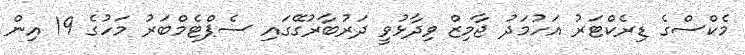
މެކްސްގެ ޑިރެކްޓަރު އަހުމަދު ޖާމިޒް ވިދާޅުވީ ދަރުބާރުގޭގައި ސެޕްޓެމްބަރު މަހުގެ 19 އިން